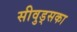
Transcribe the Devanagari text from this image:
सीवुड्सका